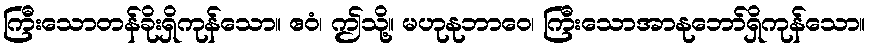
ကြီးသောတန်ခိုးရှိကုန်သော။ ဧဝံ၊ ဤသို့။ မဟုနုဘာဝေ၊ ကြီးသောအာနုဘော်ရှိကုန်သော။